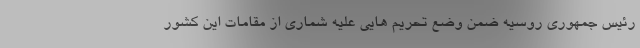
رئیس جمهوری روسیه ضمن وضع تحریم هایی علیه شماری از مقامات این کشور